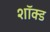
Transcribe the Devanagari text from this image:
शॉक्ड